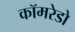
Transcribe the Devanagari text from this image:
कॉमरेडो